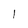
Character: l